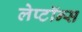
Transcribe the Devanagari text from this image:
लेप्टॉन्स